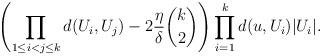
LaTeX: \begin{align*}\left( \prod_{1 \leq i<j \leq k} d(U_i,U_j)-2 \frac \eta \delta \binom k2 \right) \prod_{i=1}^k d(u,U_i)|U_i|.\end{align*}